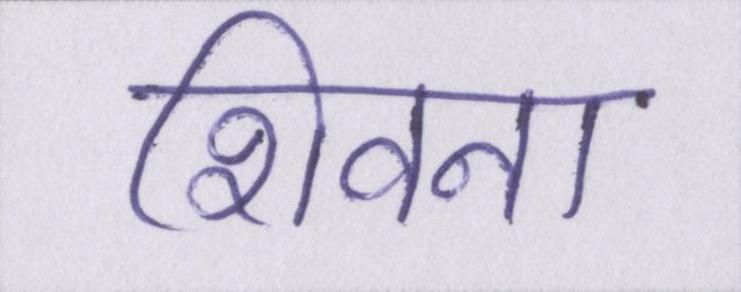
शिवना